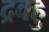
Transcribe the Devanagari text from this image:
द्रवहु